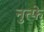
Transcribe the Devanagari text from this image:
नुत्फे